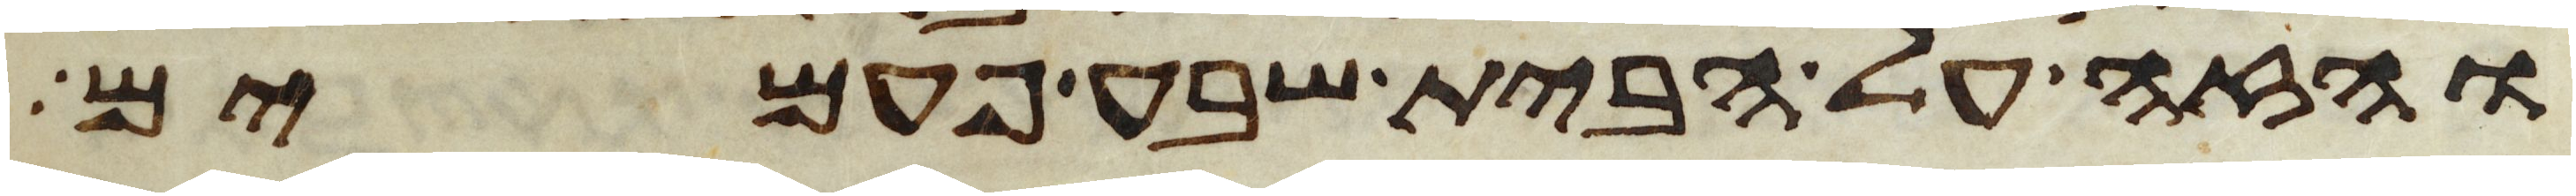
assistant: והזה על הבית שבע פעמים